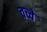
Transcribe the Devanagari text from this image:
वच्चे